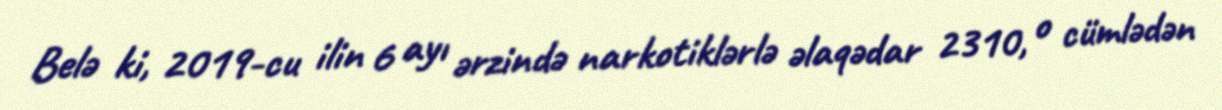
Belə ki, 2019-cu ilin 6 ayı ərzində narkotiklərlə əlaqədar 2310, o cümlədən